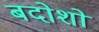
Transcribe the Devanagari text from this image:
बदोशों